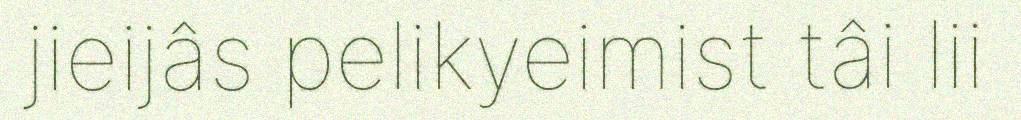
jieijâs pelikyeimist tâi lii